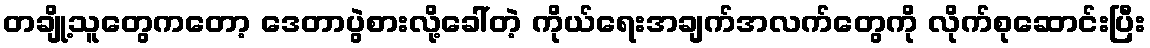
တချို့သူတွေကတော့ ဒေတာပွဲစားလို့ခေါ်တဲ့ ကိုယ်ရေးအချက်အလက်တွေကို လိုက်စုဆောင်းပြီး